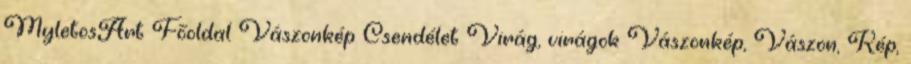
MyletosArt Főoldal Vászonkép Csendélet Virág, virágok Vászonkép, Vászon, Kép,